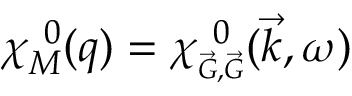
\chi _ { M } ^ { ~ 0 } ( q ) = \chi _ { \scriptscriptstyle \vec { G } , \vec { G } } ^ { ~ 0 } ( \vec { k } , \omega )